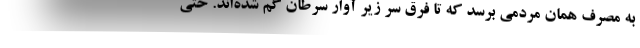
به مصرف همان مردمي برسد كه تا فرق سر زير آوار سرطان گم شده‌اند. حتي